Madras plague regulations in force outside the Presidency town - Volume 3
Disease focus: Plague
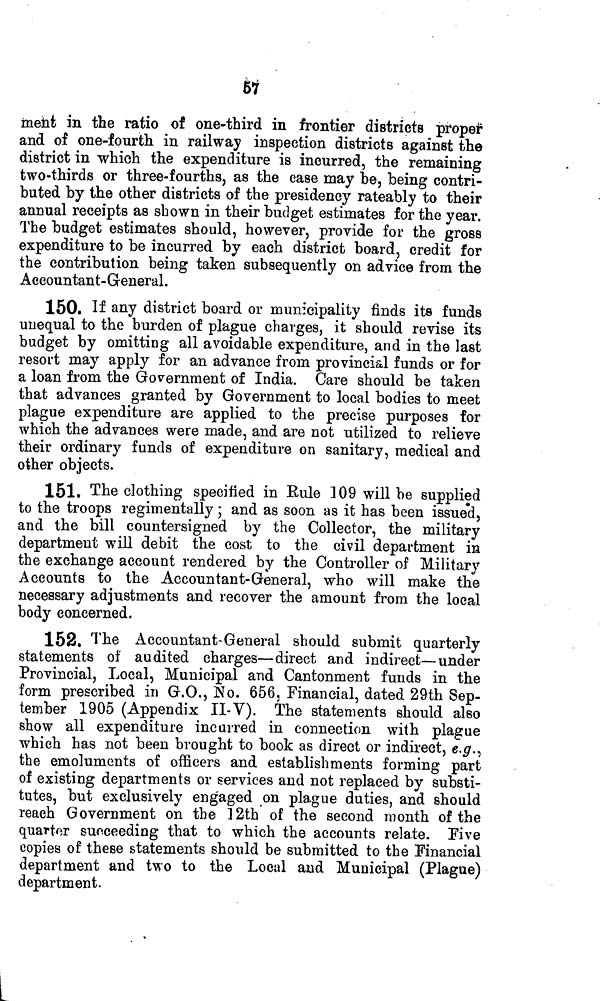
¿i
ment in the ratio of one-third in frontier districts propei*
and of one-fourth in railway inspection districts against the
district in which the expenditure is incurred, the remaining
two-thirds or three-fourths, as the case may he, being contri-
buted by the other districts of the presidency rateably to their
annual receipts as shown in their budget estimates for the year.
The budget estimates should, however, provide for the gross
expenditure to be incurred by each district board, credit for
the contribution being taken subsequently on advice from the
Accountant-Greneral.
150. If any district board or municipality finds its funds
unequal to the burden of plague charges, it should revise its
budget by omitting all avoidable expenditure, and in the last
resort may apply for an advance from provincial funds or for
a loan from the Government of India. Care should be taken
that advances granted by Government to local bodies to meet
plague expenditure are applied to the precise purposes for
which the advances were made, and are not utilized to relieve
their ordinary funds of expenditure on sanitary, medical and
other objects.
151. The clothing specified in Kule 109 will be supplied
to the troops regimentally ; and as soon as it has been issued,
and the bill countersigned by the Collector, the military
department will debit the cost to the civil department in
the exchange account rendered by the Controller of Military
Accounts to the Accountant-General, who will make the
necessary adjustments and recover the amount from the local
body concerned.
152. The Accountant-General should submit quarterly
statements of audited charges—direct and indirect—under
Provincial, Local, Municipal and Cantonment funds in the
form prescribed in G.O., So. 656 ; Financial, dated 29th Sep-
tember 1905 (Appendix II-V). The statements should also
show all expenditure incurred in connection with plague
which has not been brought to book as direct or indirect, e.g.,
the emoluments of officers and establishments forming part
of existing departments or services and not replaced by substi-
tutes, but exclusively eng'aged on plague duties, and should
reach Government on the 12th of the second month of the
quarter succeeding that to which the accounts relate. Five
copies of these statements should be submitted to the Financial
department and two to the Local and Municipal (Plague)
department.